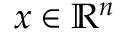
\boldsymbol { x } \in \mathbb { R } ^ { n }